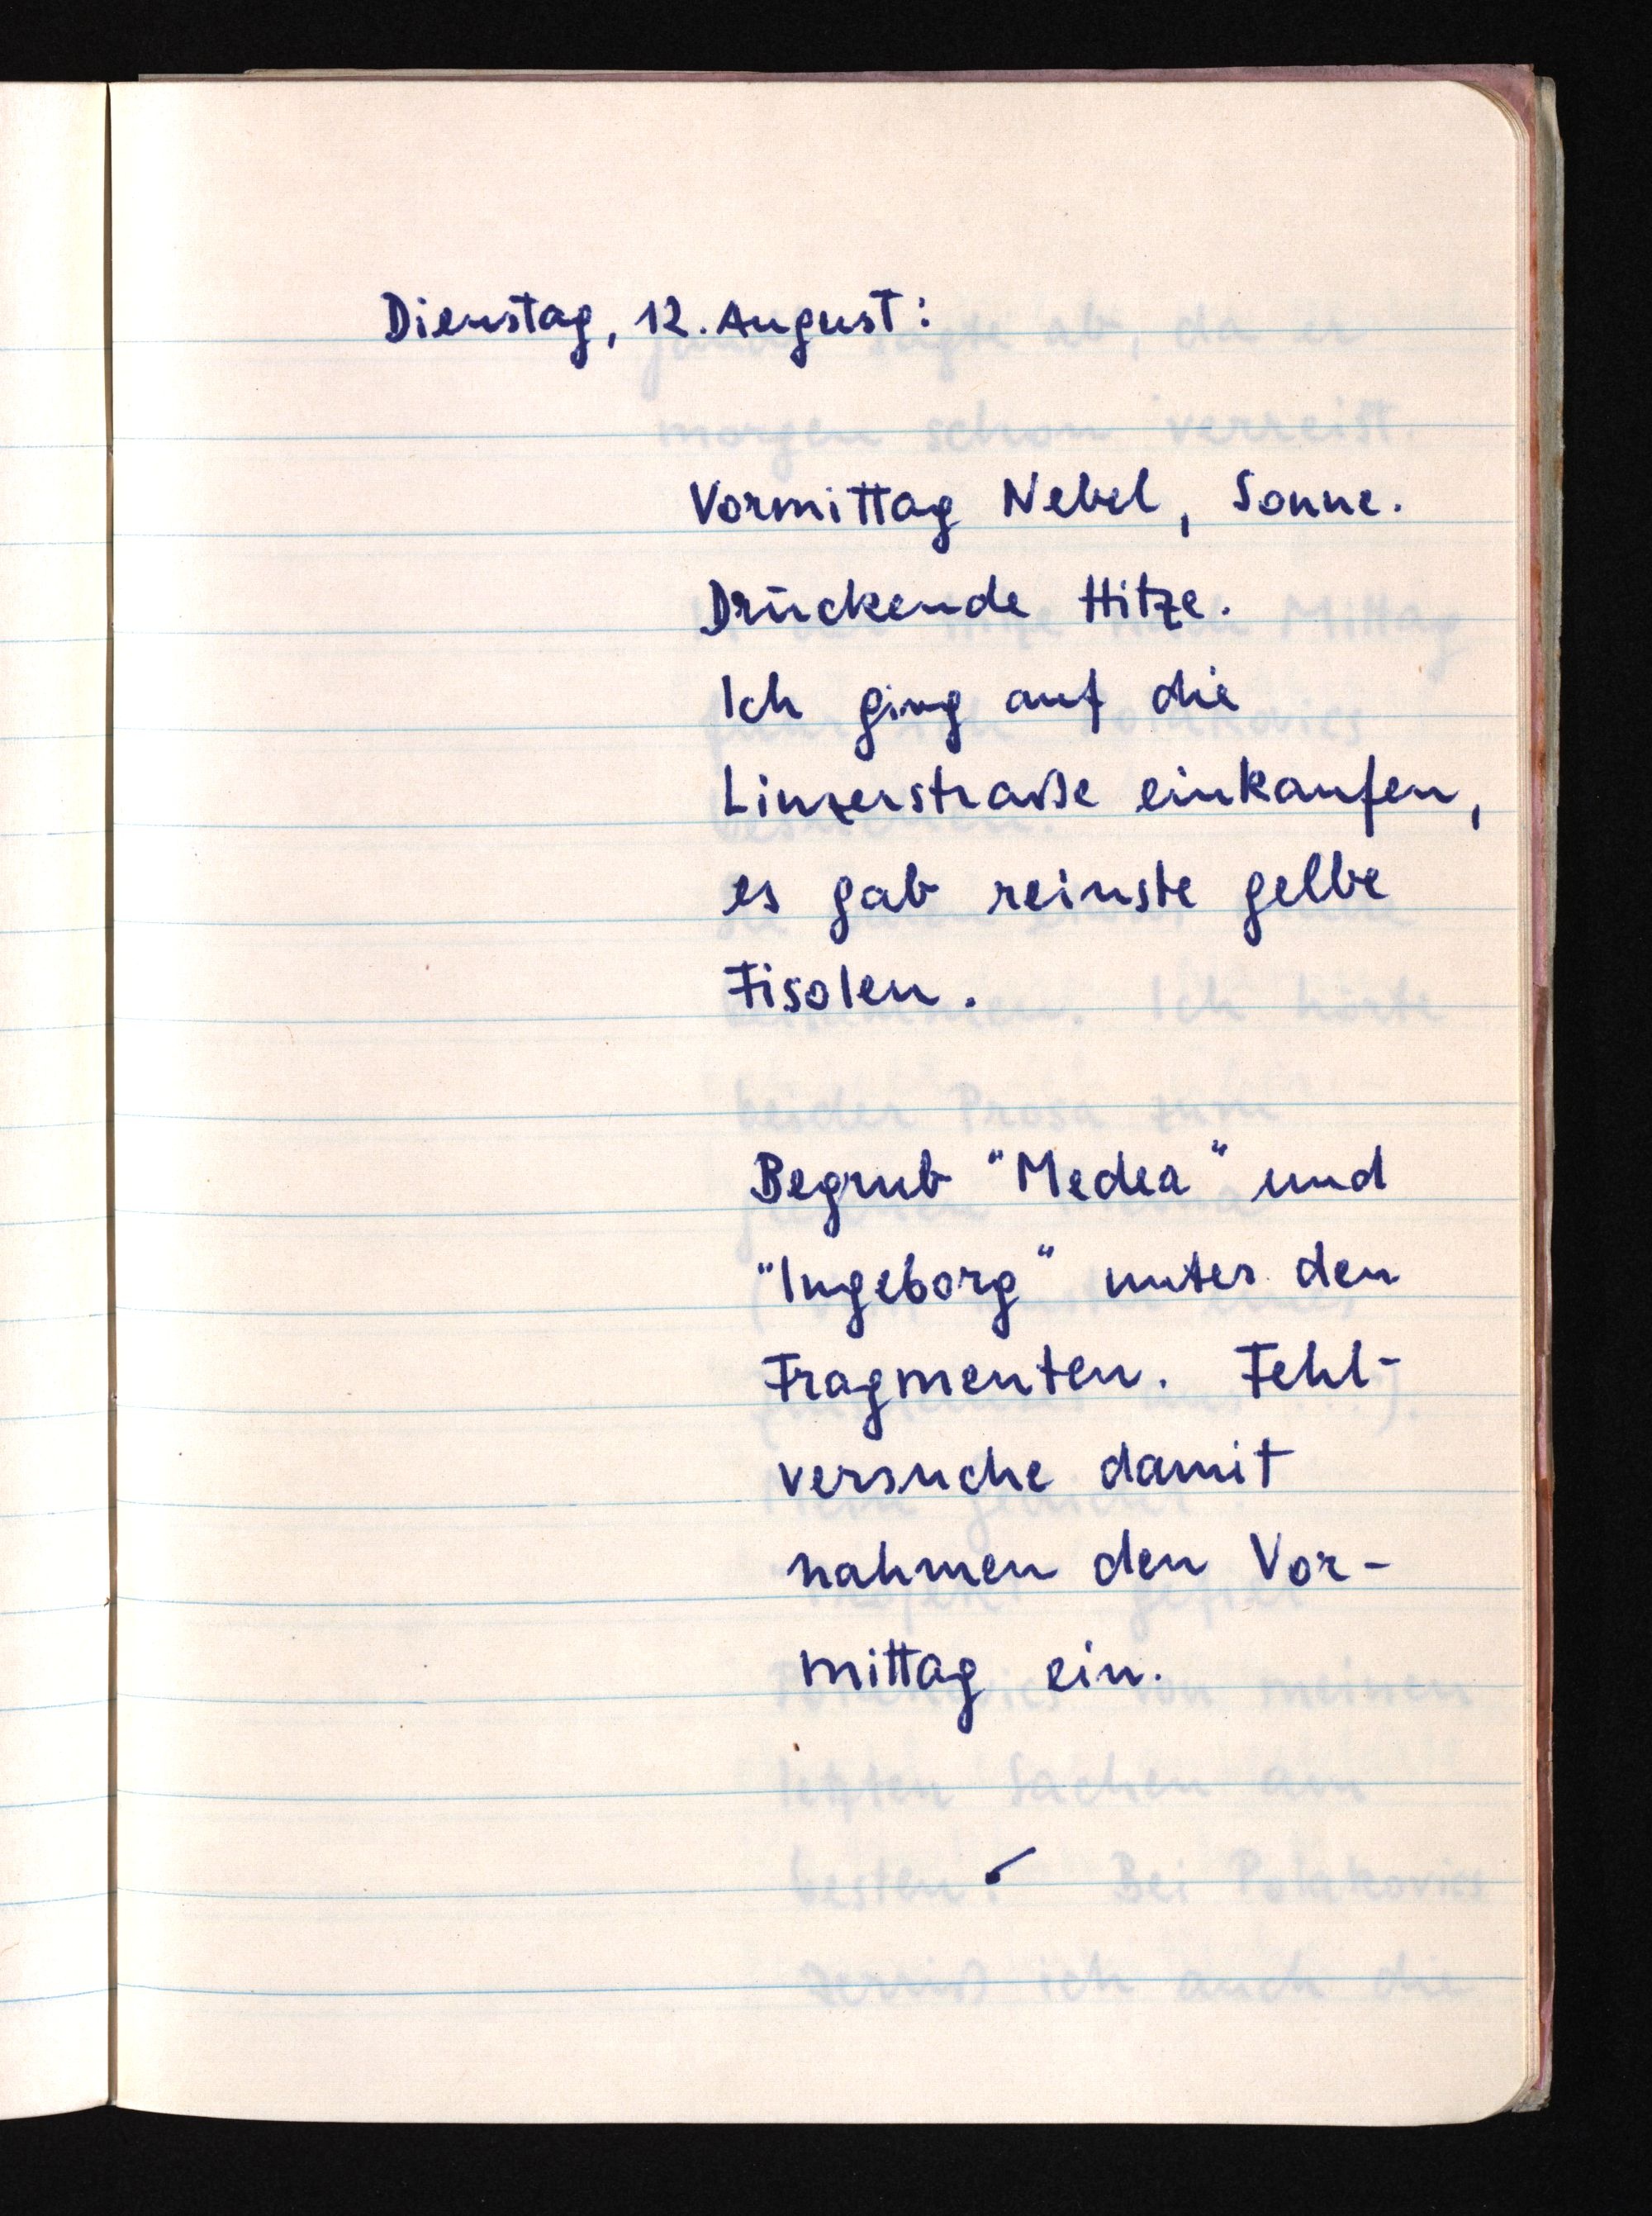
Dienstag, 12. August:
Vormittag Nebel, Sonne.
Drückende Hitze.
Ich ging auf die
Linzerstraße einkaufen,
es gab reinste gelbe
Fisolen.
Begrub "Medea" und
"Ingeborg" unter den
Fragmenten. Fehl¬
versuche damit
nahmen den Vor¬
mittag ein.